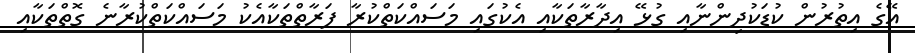
އޭގެ އިތުރުން ކުޑަކުދިންނާއި ގުޅޭ އިދާރާތަކާއި އެކުގައި މަސައްކަތްކުރާ ފަރާތްތަކާއެކު މަސައްކަތްކުރާނެ ގޮތްތަކާއި